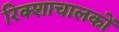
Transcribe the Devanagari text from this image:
रिक्शाचालकों